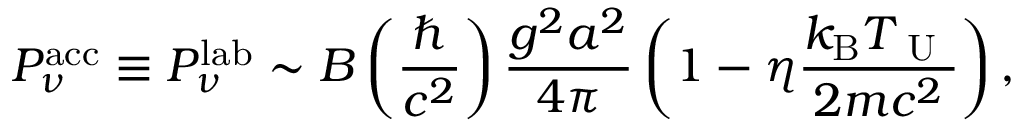
P _ { \nu } ^ { \mathrm { a c c } } \equiv P _ { \nu } ^ { \mathrm { l a b } } \sim { \cal B } \left( \frac { \hbar } { c ^ { 2 } } \right) \frac { g ^ { 2 } a ^ { 2 } } { 4 \pi } \left( 1 - \eta \frac { k _ { \mathrm { B } } T _ { \mathrm { ~ U ~ } } } { 2 m c ^ { 2 } } \right) ,